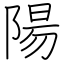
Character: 陽